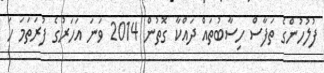
ފުލުހުންގެ ތަފާސް ހިސާބުތައް ދައްކާ ގޮތުން 2014 ވަނަ އަހަރުގެ ފުރަތަމަ ހަ